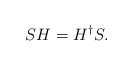
\begin{align*}SH=H^\dagger S.\end{align*}